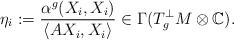
\begin{align*} \eta_i:=\frac{\alpha^g(X_i,X_i)}{\langle AX_i,X_i\rangle}\in\Gamma(T^\perp_g M\otimes\mathbb{C}).\end{align*}